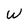
Character: W